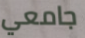
جامعي